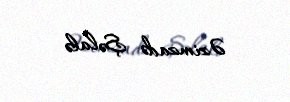
Əzimzadə Şəlalə